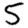
Digit: 5